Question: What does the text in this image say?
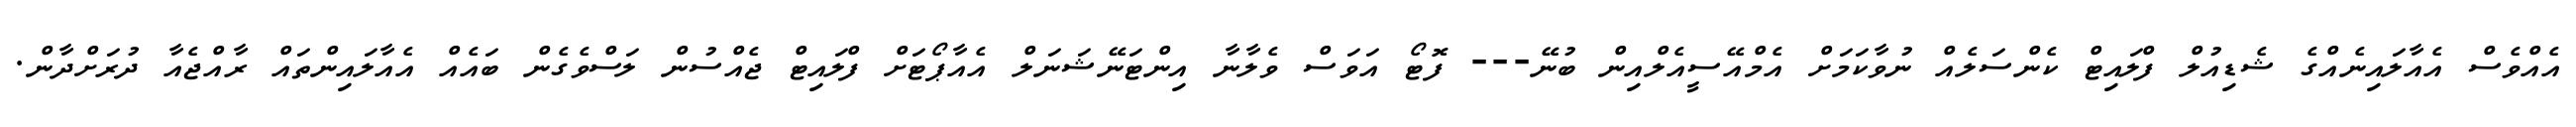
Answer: އެއްވެސް އެއާލައިނެއްގެ ޝެޑިއުލް ފްލައިޓް ކެންސަލެއް ނުވާކަމަށް އެމްއޭސީއެލްއިން ބުނޭ--- ފޮޓޯ އަވަސް ވެލާނާ އިންޓަނޭޝަނަލް އެއާޕޯޓަށް ފްލައިޓް ޖެއްސުން ލަސްވެގެން ބައެއް އެއާލައިންތައް ރާއްޖެއާ ދުރަށްދާން.